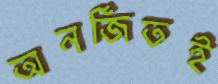
অনর্জিতই